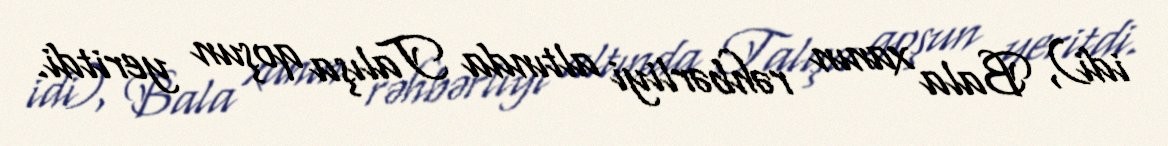
idi), Bala xanın rəhbərliyi altında Talışa qoşun yeritdi.